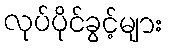
လုပ်ပိုင်ခွင့်များ